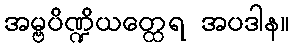
အမ္ဗပိဏ္ဍိယတ္ထေရ အပဒါန။